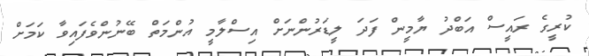
ކުރީގެ ރައީސް އަބްދު ޔާމީން ފަދަ ލީޑަރުންނަށް އިސްލާމީ އުންމަތް ބޭނުންވެފައިވާ ކަމަށް